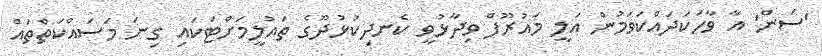
'ސަން' އާ ވާހަކަދައްކަވަމުން އަލީ މައުރޫފް ވިދާޅުވީ ކެނދިކުޅުދޫގެ ތައުލީމަށްޓަކައި ގިނަ މަސައްކަތްތައް